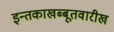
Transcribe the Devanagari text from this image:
इन्तकाखब्बूतवारीख